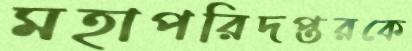
মহাপরিদপ্তরকে